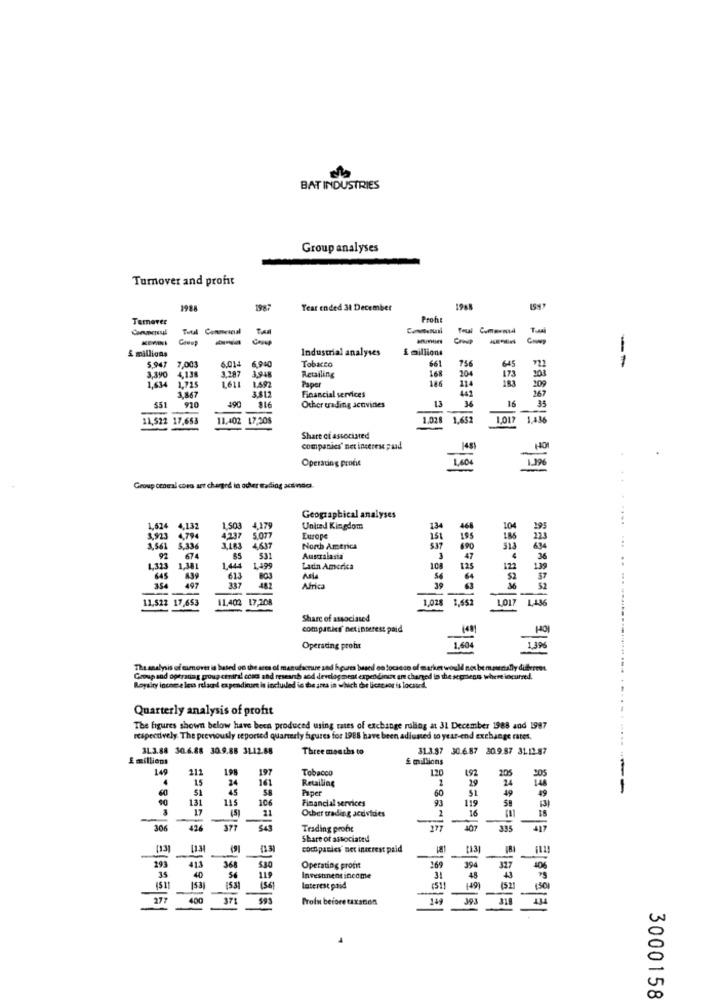
BAT INDUSTRIES
Group analyses
Tumover and profit
1988
1987
Year ended 31 December
Temaver
Proh
Total
Commecial
Foul
Taal
& millions
Industrial analyses
& millions
5,947
7,003
6.014
Tobacco
75€
3,390
3.287
3.948
Retailing
168
20
645
173
--
1,715
4,138
1611
1.492
Paper
146
114
103
209
1,634
3.412
Financial services
441
267
SST
3.867
910
316
13
16
34
Other erading activities
11.522
17,653
11.402 17,308
1.028
1.652
LO1
1.436
Share ci associated
companies' net inceres ;und
HO
Operating prone
Group central coes art charged in ocher trading actindo
Geographical analyses
1,624
4,132
1.503
4,179
United Kingdom
13
204
4237
5.077
4.637
Europe
151
$37
3,561
S.33
3.183
North America
67
531
Australasia
1,323
1,381
1,444
Ladin America
108
... ..
645
337
354
482
Africa
11.522
17.653
11,402 17,208
1.02
1.651
1017
Share of associated
companies' netinterest paid
Operating profit
******* || 2|5/
Theanalysis of eumover is based on the aces of manufacture and heures buseil oo tocreso of
Barket would not bem.mentally different
Group sod optradag group central concs and research and development expenditure an charged in the segment where incurred.
Royalty income e less reached expenditure is incluiled in the area in which or licecsor is located.
Quarterly analysis of profit
......
The figures shown below have been produced using rates of exchange ruling at 31 December 1988 and 1987
respectively. The previously reported quarterly figures for 1988 have been adiuated to year-end exchange rates.
31.3.88 30.6.88 30.9.88 31.12.88
Three months to
31.3.87 30.6.87 30.9.87 31.12.87
E millions
£ millions
149
112
197
Tobacco
120
192
20
15
24
16
Retailing
29
24
S
45
Piper
60
51
--
115
106
Financial services
93
119
19
131
17
21
Other trading acdvides
16
306
377
Trading profe
335
417
Share of associated
4131
(13
comopasles' net interest paid
293
35
413
40
368
54
119
$30
Operating profit
394
Investment income
48
149
153
(56)
laterest paid
(31)
150
277
371
Profu before taxation
31
3000158